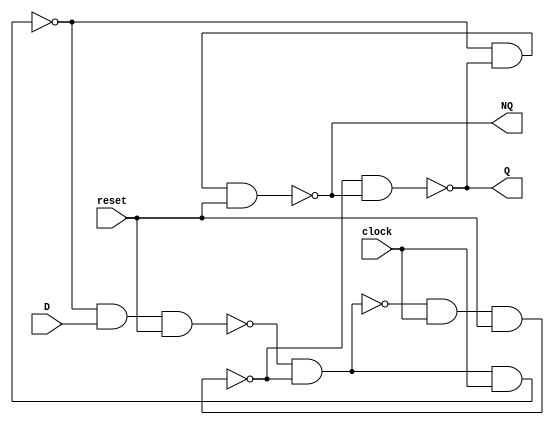
module D_ff_AR(
               output Q,
			   output NQ,
			   input D,
			   input clock,
			   input reset
			   );
wire S,R;
wire w1,w4;

nand (w1,R,D,reset);
nand (w4,w1,S);
nand (S,w4,clock,reset);
nand (R,S,w1,clock);

nand (Q,S,NQ);
nand (NQ,R,Q,reset);

endmodule